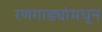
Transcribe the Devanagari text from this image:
रणगाड्यांमधून